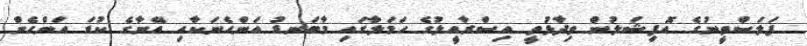
ފަލަސްތީނުގެ އޮފިޝަލުން ވިދާޅުވީ އިސްރާއީލުގެ ހަމަލާގައި މާބަނޑު އަންހެނަކާއި އޭނާގެ ކުޑަ އަންހެން